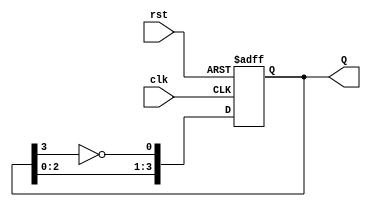
module johnson_counter #(
    parameter N = 4  // Number of flip-flops (can be changed as needed)
)(
    input wire clk,   // Clock input
    input wire rst,   // Asynchronous reset input
    output reg [N-1:0] Q // Output state of the counter
);

// Internal signal for the inverted output of the last flip-flop
wire feedback;

// Assign feedback as the inverted output of the last flip-flop
assign feedback = ~Q[N-1];

// Always block for synchronous operation
always @(posedge clk or posedge rst) begin
    if (rst) begin
        Q <= 0; // Reset the counter to 0
    end else begin
        // Shift the state and feed back the inverted last output
        Q <= {Q[N-2:0], feedback};
    end
end

endmodule